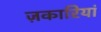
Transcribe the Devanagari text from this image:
ज़कारियां